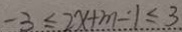
- 3 \leq 2 x + m - 1 \leq 3